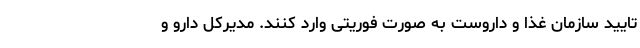
تایید سازمان غذا و داروست به صورت فوریتی وارد کنند. مدیرکل دارو و